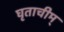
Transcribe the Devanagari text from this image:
घृताचीम्